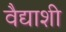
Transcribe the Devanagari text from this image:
वैद्याशी